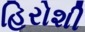
હિરોશી